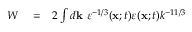
\begin{array} { r l r } { W } & { { } = } & { 2 \int d { \bf { k } } \ \varepsilon ^ { - 1 / 3 } ( { \bf { x } } ; t ) \varepsilon ( { \bf { x } } ; t ) k ^ { - 1 1 / 3 } } \end{array}